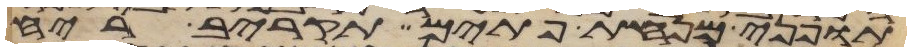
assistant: תופני מנחת פתים תקריב ריח